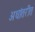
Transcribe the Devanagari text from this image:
अधांतरीत